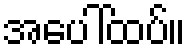
အပေါ်ထပ်။